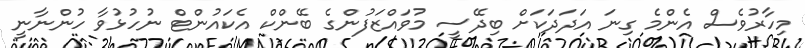
މިހާރުވެސް އެންމެ ގިނަ އަދަދަކަށް ބިދޭސީ މުވައްޒަފުންގެ ބޭންކް އެކައުންޓް ނުހުޅުވާ ހުންނާނީ